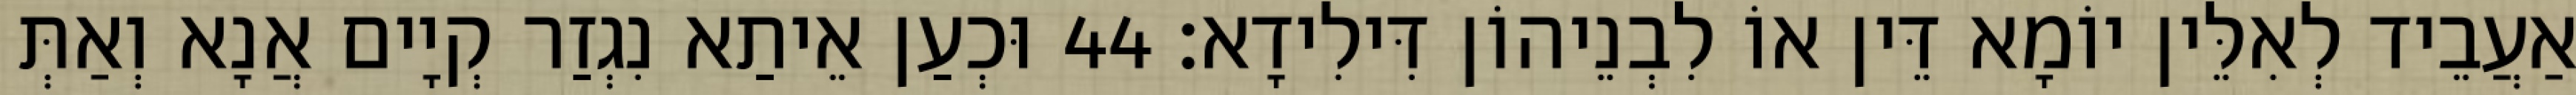
אַעֲבֵיד לְאִלֵּין יוֹמָא דֵּין אוֹ לִבְנֵיהוֹן דִּילִידָא׃ 44 וּכְעַן אֵיתַא נִגְזַר קְיָים אֲנָא וְאַתְּ